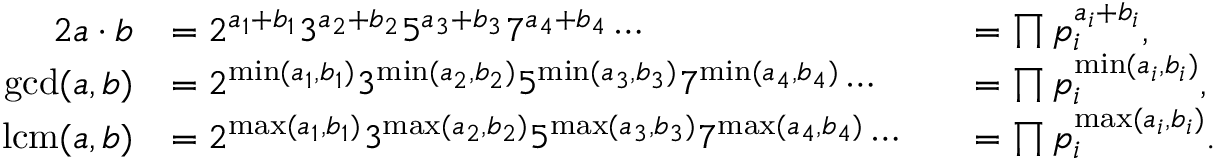
{ \begin{array} { r l r l } { { 2 } a \cdot b } & { = 2 ^ { a _ { 1 } + b _ { 1 } } 3 ^ { a _ { 2 } + b _ { 2 } } 5 ^ { a _ { 3 } + b _ { 3 } } 7 ^ { a _ { 4 } + b _ { 4 } } \cdots } & & { = \prod p _ { i } ^ { a _ { i } + b _ { i } } , } \\ { \operatorname* { g c d } ( a , b ) } & { = 2 ^ { \operatorname* { m i n } ( a _ { 1 } , b _ { 1 } ) } 3 ^ { \operatorname* { m i n } ( a _ { 2 } , b _ { 2 } ) } 5 ^ { \operatorname* { m i n } ( a _ { 3 } , b _ { 3 } ) } 7 ^ { \operatorname* { m i n } ( a _ { 4 } , b _ { 4 } ) } \cdots } & & { = \prod p _ { i } ^ { \operatorname* { m i n } ( a _ { i } , b _ { i } ) } , } \\ { \operatorname { l c m } ( a , b ) } & { = 2 ^ { \operatorname* { m a x } ( a _ { 1 } , b _ { 1 } ) } 3 ^ { \operatorname* { m a x } ( a _ { 2 } , b _ { 2 } ) } 5 ^ { \operatorname* { m a x } ( a _ { 3 } , b _ { 3 } ) } 7 ^ { \operatorname* { m a x } ( a _ { 4 } , b _ { 4 } ) } \cdots } & & { = \prod p _ { i } ^ { \operatorname* { m a x } ( a _ { i } , b _ { i } ) } . } \end{array} }